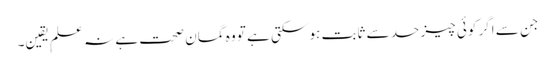
جن سے اگر کوئی چیز حد سے ثابت ہو سکتی ہے تو وہ گمانِ صحت ہے نہ علمِ یقین۔